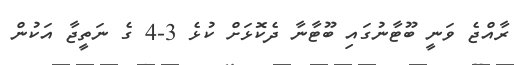
ރާއްޖެ ވަނީ ބޫޓާނުގައި ބޫޓާނާ ދެކޮޅަށް ކުޅެ 3-4 ގެ ނަތީޖާ އަކުން